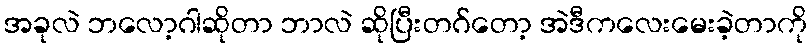
အခုလဲ ဘလော့ဂါဆိုတာ ဘာလဲ ဆိုပြီးတဂ်တော့ အဲဒီကလေးမေးခဲ့တာကို